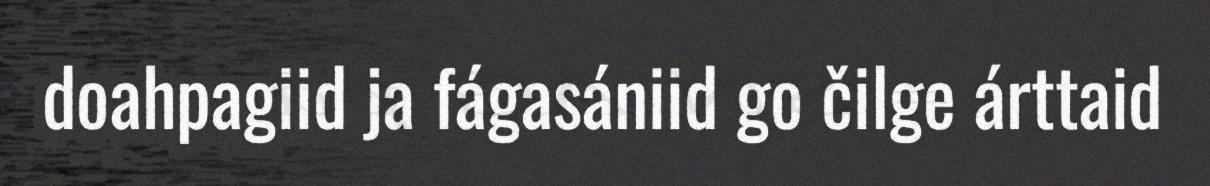
doahpagiid ja fágasániid go čilge árttaid